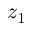
z _ { 1 }